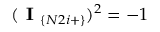
( \textbf { I } _ { \{ N 2 i + \} } ) ^ { 2 } = - 1